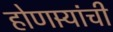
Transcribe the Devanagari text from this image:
होणार्‍यांची